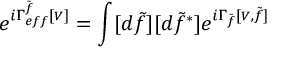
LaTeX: \begin{array} { l } { { \displaystyle e ^ { i \Gamma _ { e f f } ^ { \tilde { f } } [ { \scriptscriptstyle V } ] } = \int [ d \tilde { f } ] [ d \tilde { f } ^ { * } ] e ^ { i \Gamma _ { \tilde { f } } [ { \scriptscriptstyle V } , \tilde { f } ] } } } \end{array}